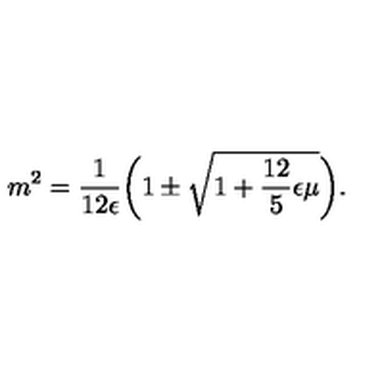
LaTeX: m ^ { 2 } = \frac { 1 } { 1 2 \epsilon } \biggl ( 1 \pm \sqrt { 1 + \frac { 1 2 } { 5 } \epsilon \mu } \biggr ) .